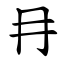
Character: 冄